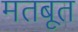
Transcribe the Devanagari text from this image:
मतबूत